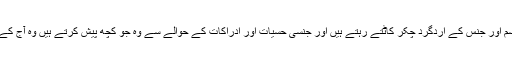
ان کے سارے افسانے زندگی کی سب سے بڑی حقیقت جسم اور جنس کے اردگرد چکر کاٹتے رہتے ہیں اور جنسی حسیات اور ادراکات کے حوالے سے وہ جو کچھ پیش کرتے ہیں وہ آج کے دور کا ہی نہیں ماقبل تاریخ کا بھی سب سے بڑا سچ ہے۔